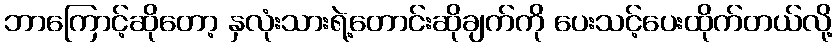
ဘာကြောင့်ဆိုတော့ နှလုံးသားရဲ့တောင်းဆိုချက်ကို ပေးသင့်ပေးထိုက်တယ်လို့